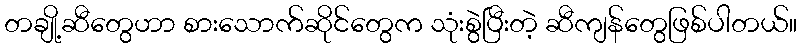
တချို့ဆီတွေဟာ စားသောက်ဆိုင်တွေက သုံးစွဲပြီးတဲ့ ဆီကျန်တွေဖြစ်ပါတယ်။